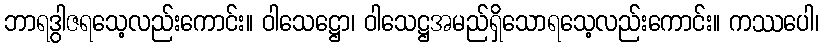
ဘာရဒွါဇရသေ့လည်းကောင်း။ ဝါသေဋ္ဌော၊ ဝါသေဋ္ဌအမည်ရှိသောရသေ့လည်းကောင်း။ ကဿပေါ၊